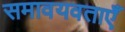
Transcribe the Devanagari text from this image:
समावयवताएँ